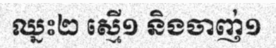
ឈ្នះ២ ស្មើ១ និងចាញ់១